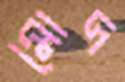
মোদ